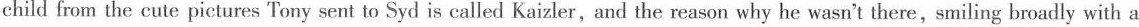
child from the cute pictures Tony sent to Syd is called Kaizler,and the reason why he wasn't there,smiling broadly with a